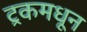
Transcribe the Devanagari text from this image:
ट्रकमधून